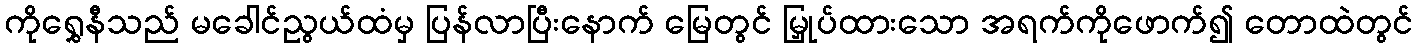
ကိုရွှေနီသည် မခေါင်ညွယ်ထံမှ ပြန်လာပြီးနောက် မြေတွင် မြှုပ်ထားသော အရက်ကိုဖောက်၍ တောထဲတွင်